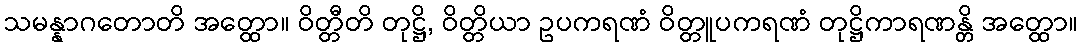
သမန္နာဂတောတိ အတ္ထော။ ဝိတ္တီတိ တုဋ္ဌိ, ဝိတ္တိယာ ဥပကရဏံ ဝိတ္တူပကရဏံ တုဋ္ဌိကာရဏန္တိ အတ္ထော။